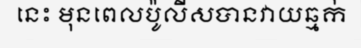
នេះ មុនពេលប៉ូលីសបានវាយឆ្មក់